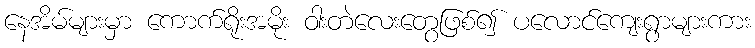
နေအိမ်များမှာ ကောက်ရိုးအမိုး ဝါးတဲလေးတွေဖြစ်၍ ပလောင်ကျေးရွာများကား